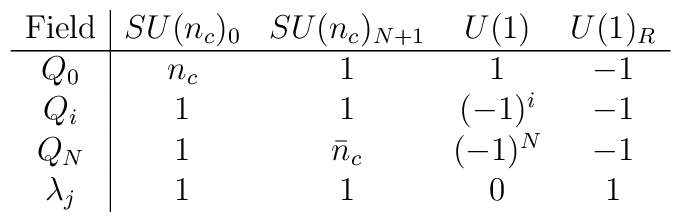
\begin{array}[]{c|c c c c}{\rm Field}     & SU(n_c)_0 & SU(n_c)_{N+1} & U(1) & U(1)_R\\\hline   Q_0    &  n_c &      1      &    1   &   -1   \\   Q_i    &    1    &      1      &    (-1)^i & -1 \\   Q_N    &    1    & \bar n_c  &    (-1)^N & -1 \\ \lambda_j  &    1    &      1      &    0        &  1 \\\end{array}